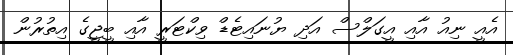
އެއީ ނިއު އާއި އީގަލްސް އަދި ޔުނައިޓެޑް ވިކްޓަރީ އާއި ބީޖީގެ އިތުރުން